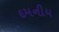
દમનીય